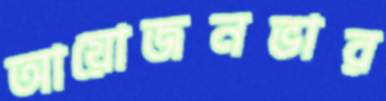
আয়োজনভার